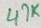
Text: 47K